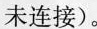
未连接)。